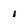
Character: 1